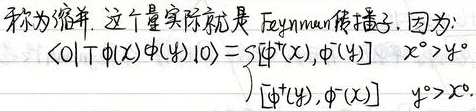
称为缩并。这个量实际就是Feynman传播子。因为：
\[
\langle 0|T\phi(x)\phi(y)|0\rangle =
\begin{cases}
S[\phi^+(x),\phi^-(y)] & x^0>y^0 \\
S[\phi^+(y),\phi^-(x)] & y^0>x^0
\end{cases}
\]